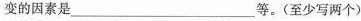
变的因素是 _等。(至少写两个)